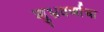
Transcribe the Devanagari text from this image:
शुभ्रवर्णाचा